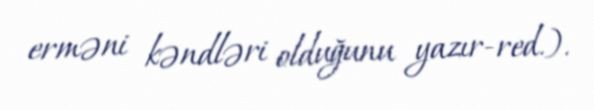
erməni kəndləri olduğunu yazır-red.).